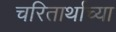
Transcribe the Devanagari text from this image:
चरितार्थाच्या